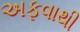
અફવાથી